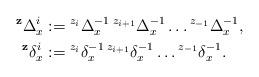
LaTeX: \begin{align*}{^\mathbf{z} \Delta^{i}_x} &:= {^{z_i} \Delta^{-1}_x} \, {^{z_{i+1}} \Delta^{-1}_x} \dots {^{z_{-1}} \Delta^{-1}_x}, \\{^\mathbf{z} \delta^{i}_x} &:= {^{z_i} \delta^{-1}_x} \, {^{z_{i+1}} \delta^{-1}_x} \dots {^{z_{-1}} \delta^{-1}_x}.\end{align*}